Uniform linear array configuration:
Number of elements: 8
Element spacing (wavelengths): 1
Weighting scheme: hamming
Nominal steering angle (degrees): -15
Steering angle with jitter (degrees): -15.921
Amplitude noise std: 0.05
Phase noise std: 0.05

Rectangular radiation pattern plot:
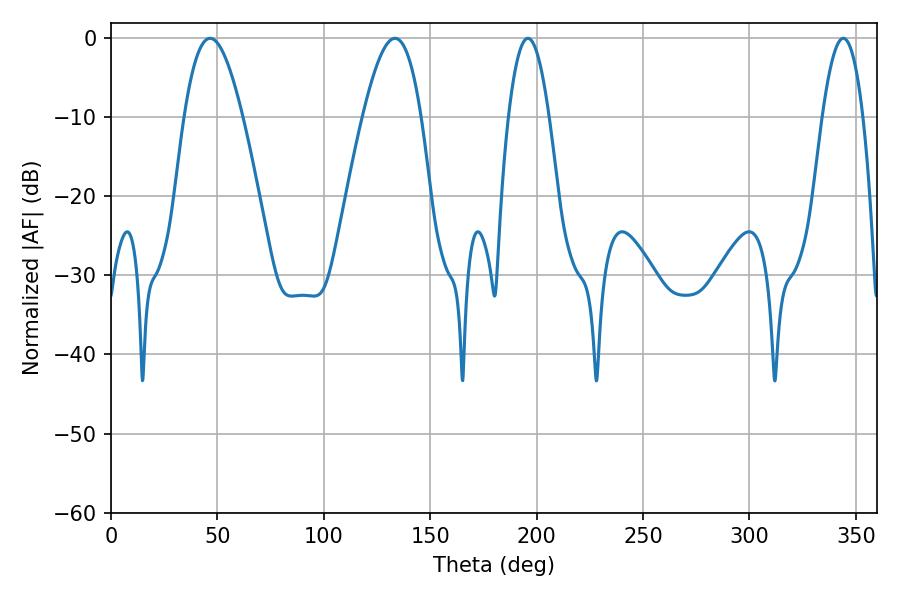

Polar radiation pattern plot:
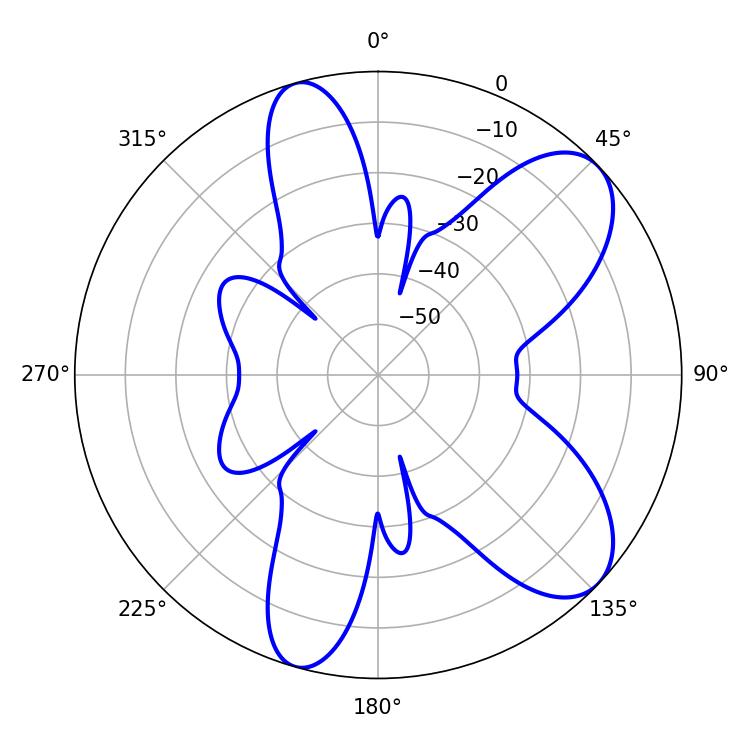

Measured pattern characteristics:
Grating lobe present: TRUE
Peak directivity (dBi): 8.213
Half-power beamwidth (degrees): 14.94
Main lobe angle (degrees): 46.62